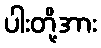
ပါးတို့အား